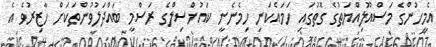
އެމީހުންގެ މަސްއޫލިއްޔަތުގެ ގޮތުގައި ހަމައެކަނި ހިމެނެނީ ކައުންސިލްގެ ރަސްމީ ބައްދަލުވުންތަކަށް ހާޒިރުވެ އެ